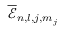
\overline { { \mathcal { E } } } _ { n , l , j , m _ { j } }